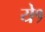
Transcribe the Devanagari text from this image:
ये१